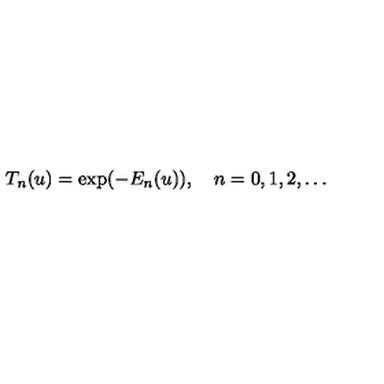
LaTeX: T _ { n } ( u ) = \exp ( - E _ { n } ( u ) ) , \quad n = 0 , 1 , 2 , \ldots